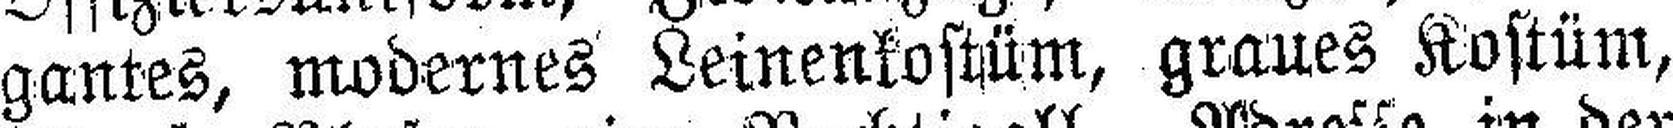
gantes, modernes Leinenkostüm, graues Kostüm,